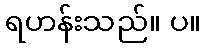
ရဟန်းသည်။ ပ။